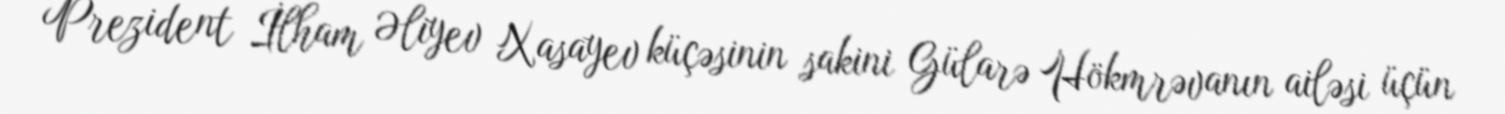
Prezident İlham Əliyev Xasayev küçəsinin sakini Gülarə Hökmrəvanın ailəsi üçün